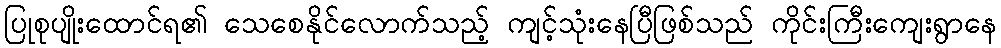
ပြုစုပျိုးထောင်ရ၏ သေစေနိုင်လောက်သည့် ကျင့်သုံးနေပြီဖြစ်သည် ကိုင်းကြီးကျေးရွာနေ